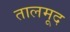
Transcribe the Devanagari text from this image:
तालमूद